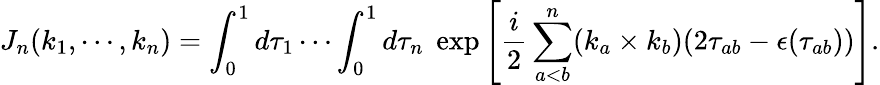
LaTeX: J_{n}(k_{1},\cdots,k_{n})=\int_{0}^{1}d\tau_{1}\cdots\int_{0}^{1}d\tau_{n}\; \exp\left[\frac{i}{2}\sum_{a<b}^{n}(k_{a}\times k_{b})(2\tau_{ab}-\epsilon(\tau_{ab}))\right].